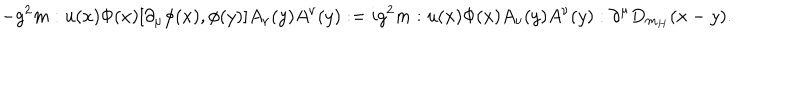
- g ^ { 2 } m : u ( x ) \Phi ( x ) [ \partial _ { \mu } \phi ( x ) , \phi ( y ) ] A _ { \nu } ( y ) A ^ { \nu } ( y ) : = i g ^ { 2 } m : u ( x ) \Phi ( x ) A _ { \nu } ( y ) A ^ { \nu } ( y ) : \partial ^ { \mu } D _ { m _ { H } } ( x - y ) .